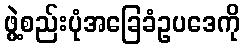
ဖွဲ့စည်းပုံအခြေခံဥပဒေကို